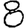
Digit: 8